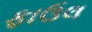
ફાઉલ